Punjab Mental Hospital Lahore 1932-46 - 1932-1946
Year: 1932
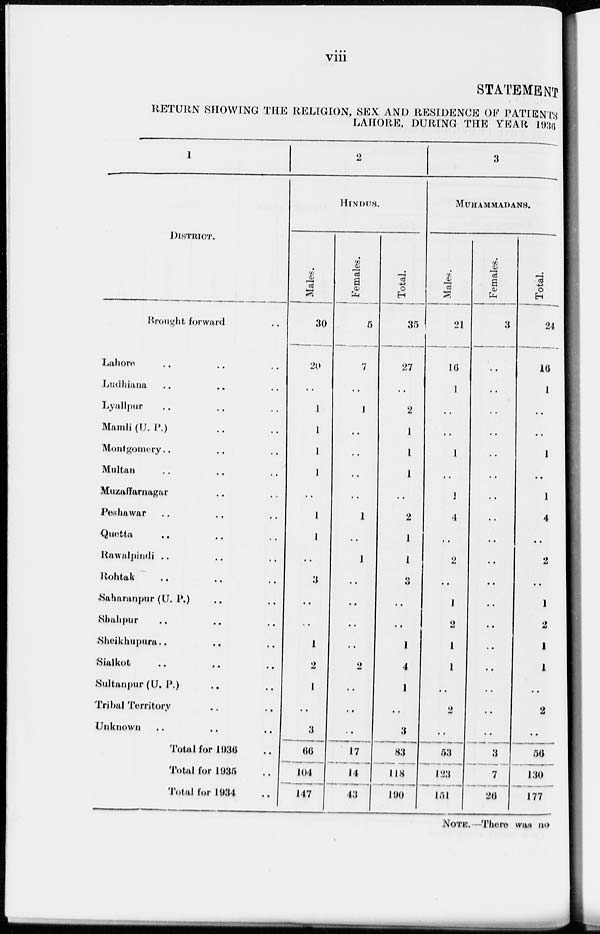
viii
STATEMENT
RETURN SHOWING THE RELIGION, SEX AND RESIDENCE OF PATIENTS
LAHORE, DURING THE YEAR 1936
1
DISTRICT.
Brought forward ..
Lahore .. .. ..
Ludhiana .. .. ..
Lyallpur .. .. ..
Mamli (U. P.) .. ..
Montgomery .. .. ..
Multan .. .. ..
Muzaffarnagar .. ..
Peshawar .. .. ..
Quetta .. .. ..
Rawalpindi .. .. ..
Rohtak .. .. ..
Saharanpur (U. P.) .. ..
Shahpur .. .. ..
Sheikhupura .. .. ..
Sialkot .. .. ..
Sultanpur (U. P.) .. ..
Tribal Territory .. ..
Unknown .. .. ..
Total for 1936 ..
Total for 1935 ..
Total for 1934 ..
2
HINDUS.
Males.
30
20
..
1
1
1
1
..
1
1
..
3
..
..
1
2
1
..
3
66
104
147
Females.
5
7
..
1
..
..
..
..
1
..
1
..
..
..
..
2
..
..
..
17
14
43
Total.
35
27
..
2
1
1
1
..
2
1
1
3
..
..
1
4
1
..
3
83
118
190
3
MUHAMMADANS.
Males.
21
16
1
..
..
1
..
1
4
..
2
..
1
2
1
1
..
2
..
53
123
151
Females.
3
..
..
..
..
..
..
..
..
..
..
..
..
..
..
..
..
..
..
3
7
26
Total.
24
16
1
..
..
1
..
1
4
..
2
..
1
2
1
1
..
2
..
56
130
177
NOTE. —There was no